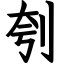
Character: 刳